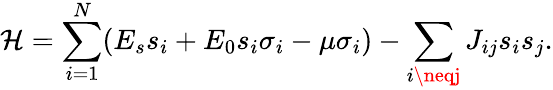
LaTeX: \mathcal{H}=\sum_{i=1}^{N}(E_{s}s_{i}+E_{0}s_{i}\sigma_{i}-\mu\sigma_{i})-\sum_{i\neqj}J_{ij}s_{i}s_{j}.